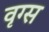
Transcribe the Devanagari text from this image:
वृग्स